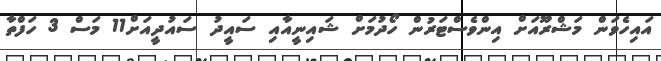
އައިހެވަން މަޝްރޫއަށް އިންވެސްޓަރުން ހޯދުމަށް ޝައިނީއާއި ސައީދު ސައުދީއަށް11 މަސް 3 ހަފްތާ